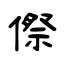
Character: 傺